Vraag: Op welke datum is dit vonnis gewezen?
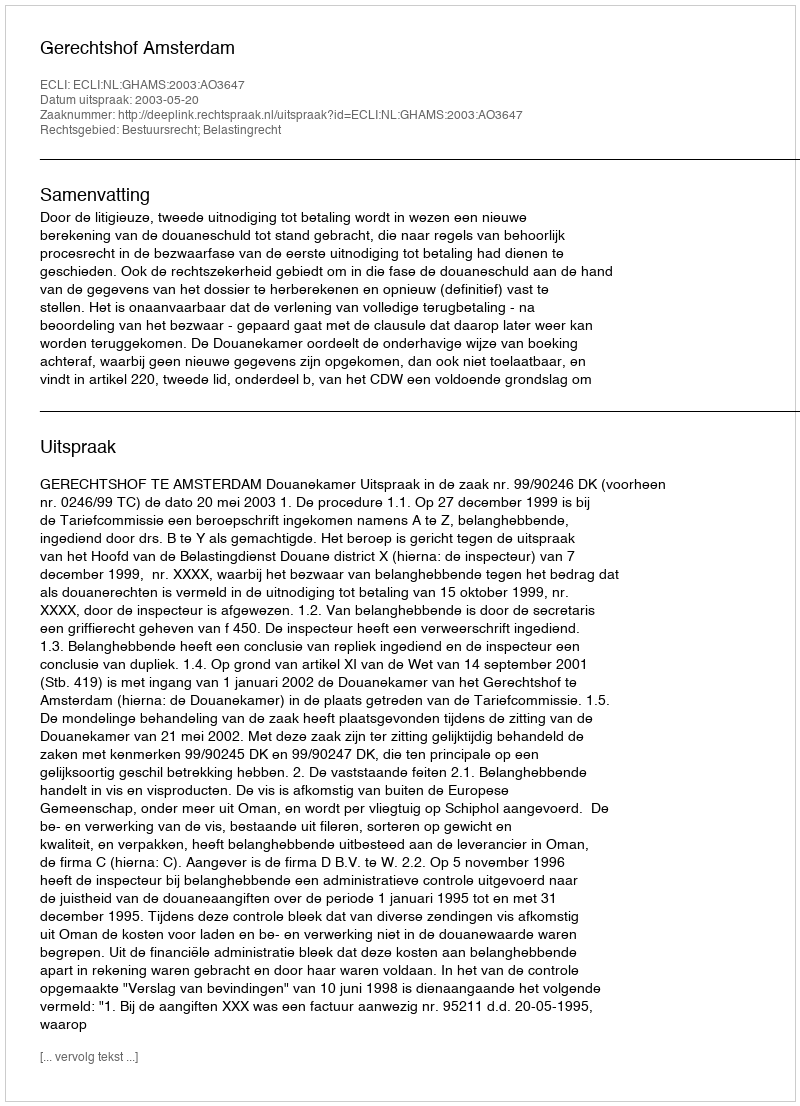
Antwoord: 2003-05-20